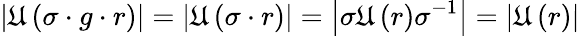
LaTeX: \left|\mathfrak{U}\left(\sigma\cdot g\cdot r\right)\right|=\left|\mathfrak{U}\left(\sigma\cdot r\right)\right|=\left|\sigma\mathfrak{U}\left(r\right)\sigma^{-1}\right|=\left|\mathfrak{U}\left(r\right)\right|